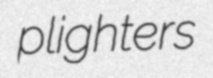
plighters